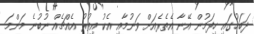
ދަބަހުގައި ހިފަމުން އޭނާ އެތެރެއަށް ވަނުމާއި އެކު އިތުރު އެއްޗެއް ނުބުނެ މަންމަ